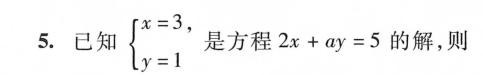
5. 已知， \left\{ \begin{matrix} x=3 \\ y=1 \\ \end{matrix} \right.是方程2 x+a y=5的解，则